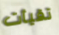
تقيأت